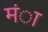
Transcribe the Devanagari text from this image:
मंा